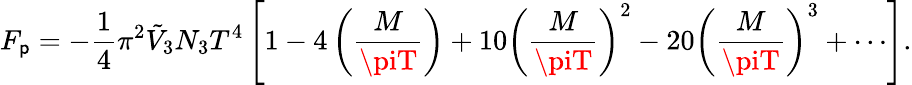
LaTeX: F_{\mathsf{p}}=-\frac{{1}}{{4}}\pi^{2}\tilde{{V}}_{3}N_{3}T^{4}\left[1-4\left(\frac{{M}}{{\piT}}\right)+10\left(\frac{{M}}{{\piT}}\right)^{2}-20\left(\frac{{M}}{{\piT}}\right)^{3}+\cdots\right].